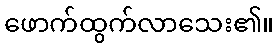
ဖောက်ထွက်လာသေး၏။